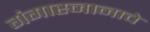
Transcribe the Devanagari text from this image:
गंगास्नानाचे